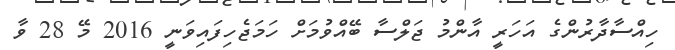
ހިއްސާދާރުންގެ އަހަރީ އާންމު ޖަލްސާ ބޭއްވުމަށް ހަމަޖެހިފައިވަނީ 2016 މޭ 28 ވާ